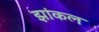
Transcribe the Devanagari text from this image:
झांकल